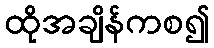
ထိုအချိန်ကစ၍